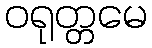
ဝရုတ္တမေ